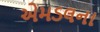
એમડલના